Elephants and their diseases
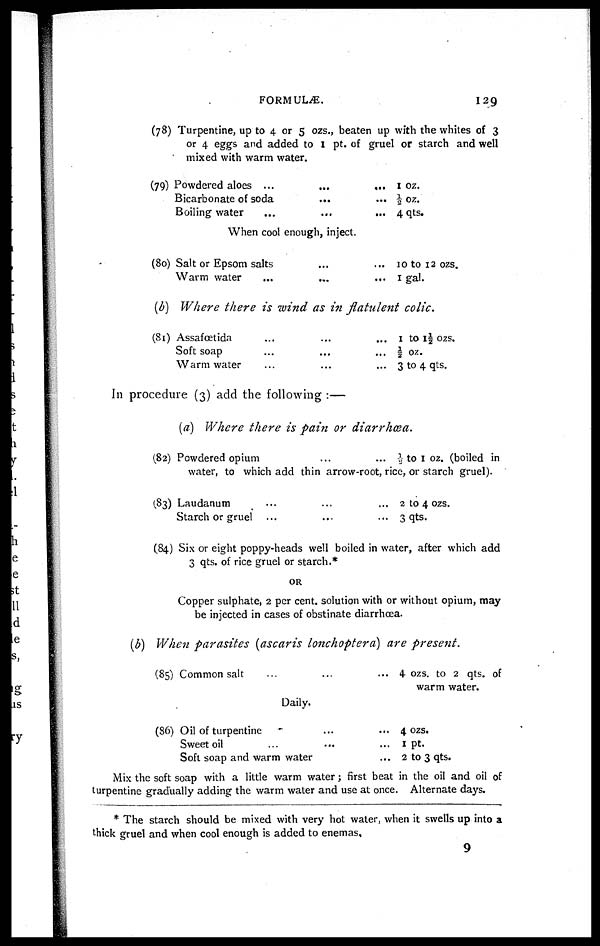
FORMULÆ.
129
(78)
(79)
Turpentine, up to 4 or 5 ozs., beaten up with the whites of 3
or 4 eggs and added to 1 pt. of gruel or starch and well
mixed with warm water.
Powdered aloes.........
Bicarbonate of soda......
Boiling water.........
1 oz.
½ oz.
4 qts.
When cool enough, inject.
(80)
(b)
(81)
Salt or Epsom salts......
Warm
water........
10 to 12 ozs.
1 gal.
Where there is wind as in flatulent colic.
Assafcetida.........
Soft
s o a p . . . . . . . . .
Warm water.........
1 to 1½ ozs.
½ oz.
3 to 4 qts.
In procedure (3) add the following :—
(a) Where there is pain or diarrhœa.
(82)
(83)
(84)
Powdered opium
... ½ to 1 oz. (boiled in
water, to which add thin arrow-root, rice, or starch gruel).
Laudanum
Starch or gruel
...
...
...
...
...
...
2 to 4 ozs.
3 qts.
Six or eight poppy-heads well boiled in water, after which add
3 qts. of rice gruel or starch.*
OR
Copper sulphate, 2 per cent. solution with or without opium, may
be injected in cases of obstinate diarrhoea.
(b) When parasites (ascaris lonchoptera) are present.
(85)
(86)
Common salt ...
Daily.
Oil of turpentine
Sweet oil ...
Soft soap and warm water
...
...
...
...
...
...
...
4 ozs. to 2 qts. of
warm water.
4 ozs.
1 pt.
2 to 3 qts.
Mix the soft soap with a little warm water ; first beat in the oil and oil of
turpentine gradually adding the warm water and use at once. Alternate days.
* The starch should be mixed with very hot water, when it swells up into a
thick gruel and when cool enough is added to enemas.
9